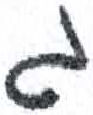
אות: ג